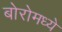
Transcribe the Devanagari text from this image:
बोरोमध्ये